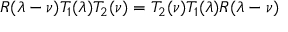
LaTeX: R ( \lambda - \nu ) T _ { 1 } ( \lambda ) T _ { 2 } ( \nu ) = T _ { 2 } ( \nu ) T _ { 1 } ( \lambda ) R ( \lambda - \nu )